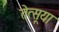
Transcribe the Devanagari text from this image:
तेत्सूया